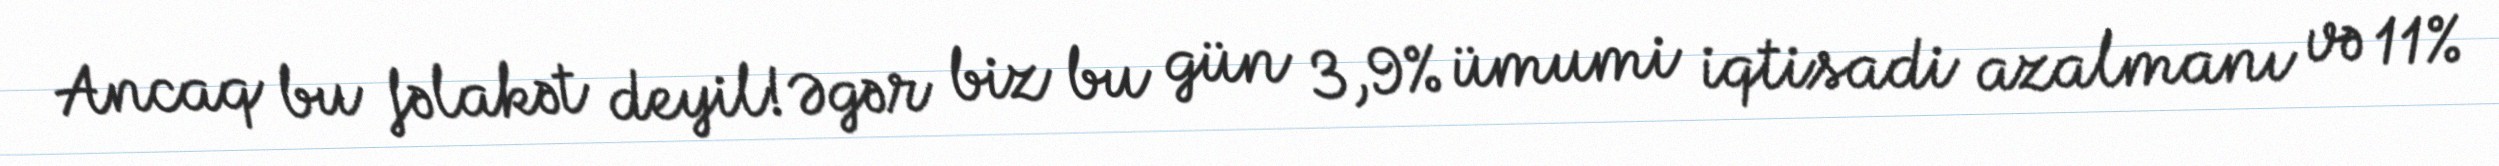
Ancaq bu fəlakət deyil!Əgər biz bu gün 3,9% ümumi iqtisadi azalmanı və 11%